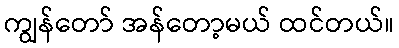
ကျွန်တော် အန်တော့မယ် ထင်တယ်။